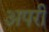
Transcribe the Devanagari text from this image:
अपरी